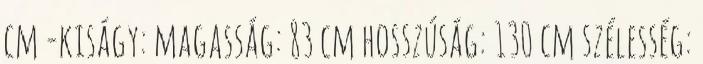
cm -kiságy: magasság: 83 cm hosszúság: 130 cm szélesség: